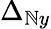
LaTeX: \Delta_{\mathbb{N}y}